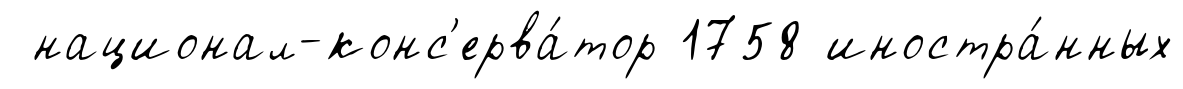
национал-конс'ерва́тор 1758 иностра́нных